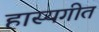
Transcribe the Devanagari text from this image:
हास्यगीत